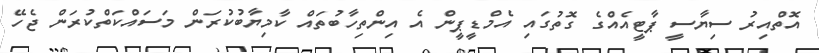
އޮތްއިރު ސިޔާސީ ޕާޓީއެއްގެ ގޮތުގައި އެމްޑީޕީން އެ އިންތިހާބުތައް ކާމިޔާބުކުރަން މަސައްކަތްކުރަން ޖެހޭ